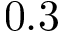
0 . 3